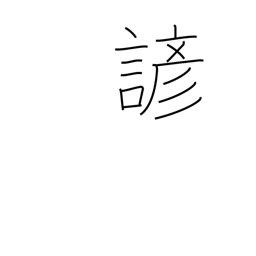
Meaning: proverb